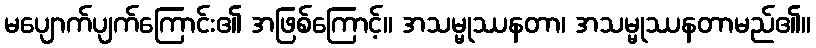
မပျောက်ပျက်ကြောင်း၏ အဖြစ်ကြောင့်။ အသမ္မုဿနတာ၊ အသမ္မုဿနတာမည်၏။